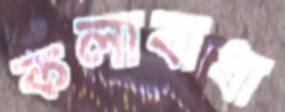
কলাবাধা